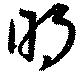
明